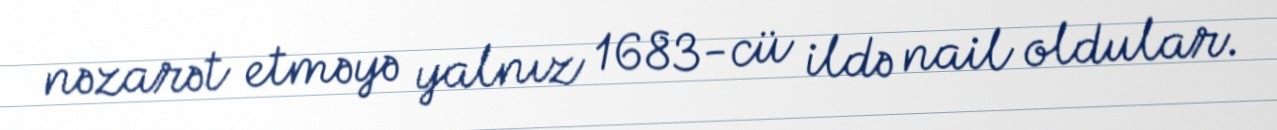
nəzarət etməyə yalnız 1683-cü ildə nail oldular.